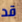
قد